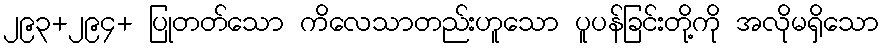
၂၉၃+၂၉၄+ ပြုတတ်သော ကိလေသာတည်းဟူသော ပူပန်ခြင်းတို့ကို အလိုမရှိသော